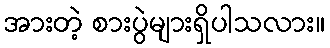
အားတဲ့ စားပွဲများရှိပါသလား။